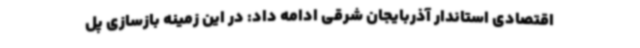
اقتصادی استاندار آذربایجان‌ شرقی ادامه داد: در این زمینه بازسازی پل